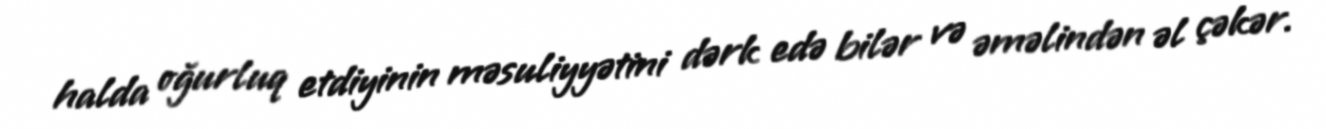
halda oğurluq etdiyinin məsuliyyətini dərk edə bilər və əməlindən əl çəkər.